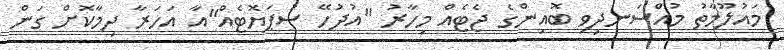
މައުލޫމާތު މުއްސަނދިވި ބޮއިންގެ ޖެޓެއް މިހާރު "އުދުހޭ ސުޕަޔޮޓެއް"އާ އަހަރާ ދިމާކޮށް ގަން